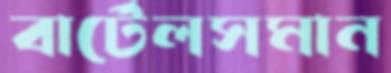
বার্টেলসমান